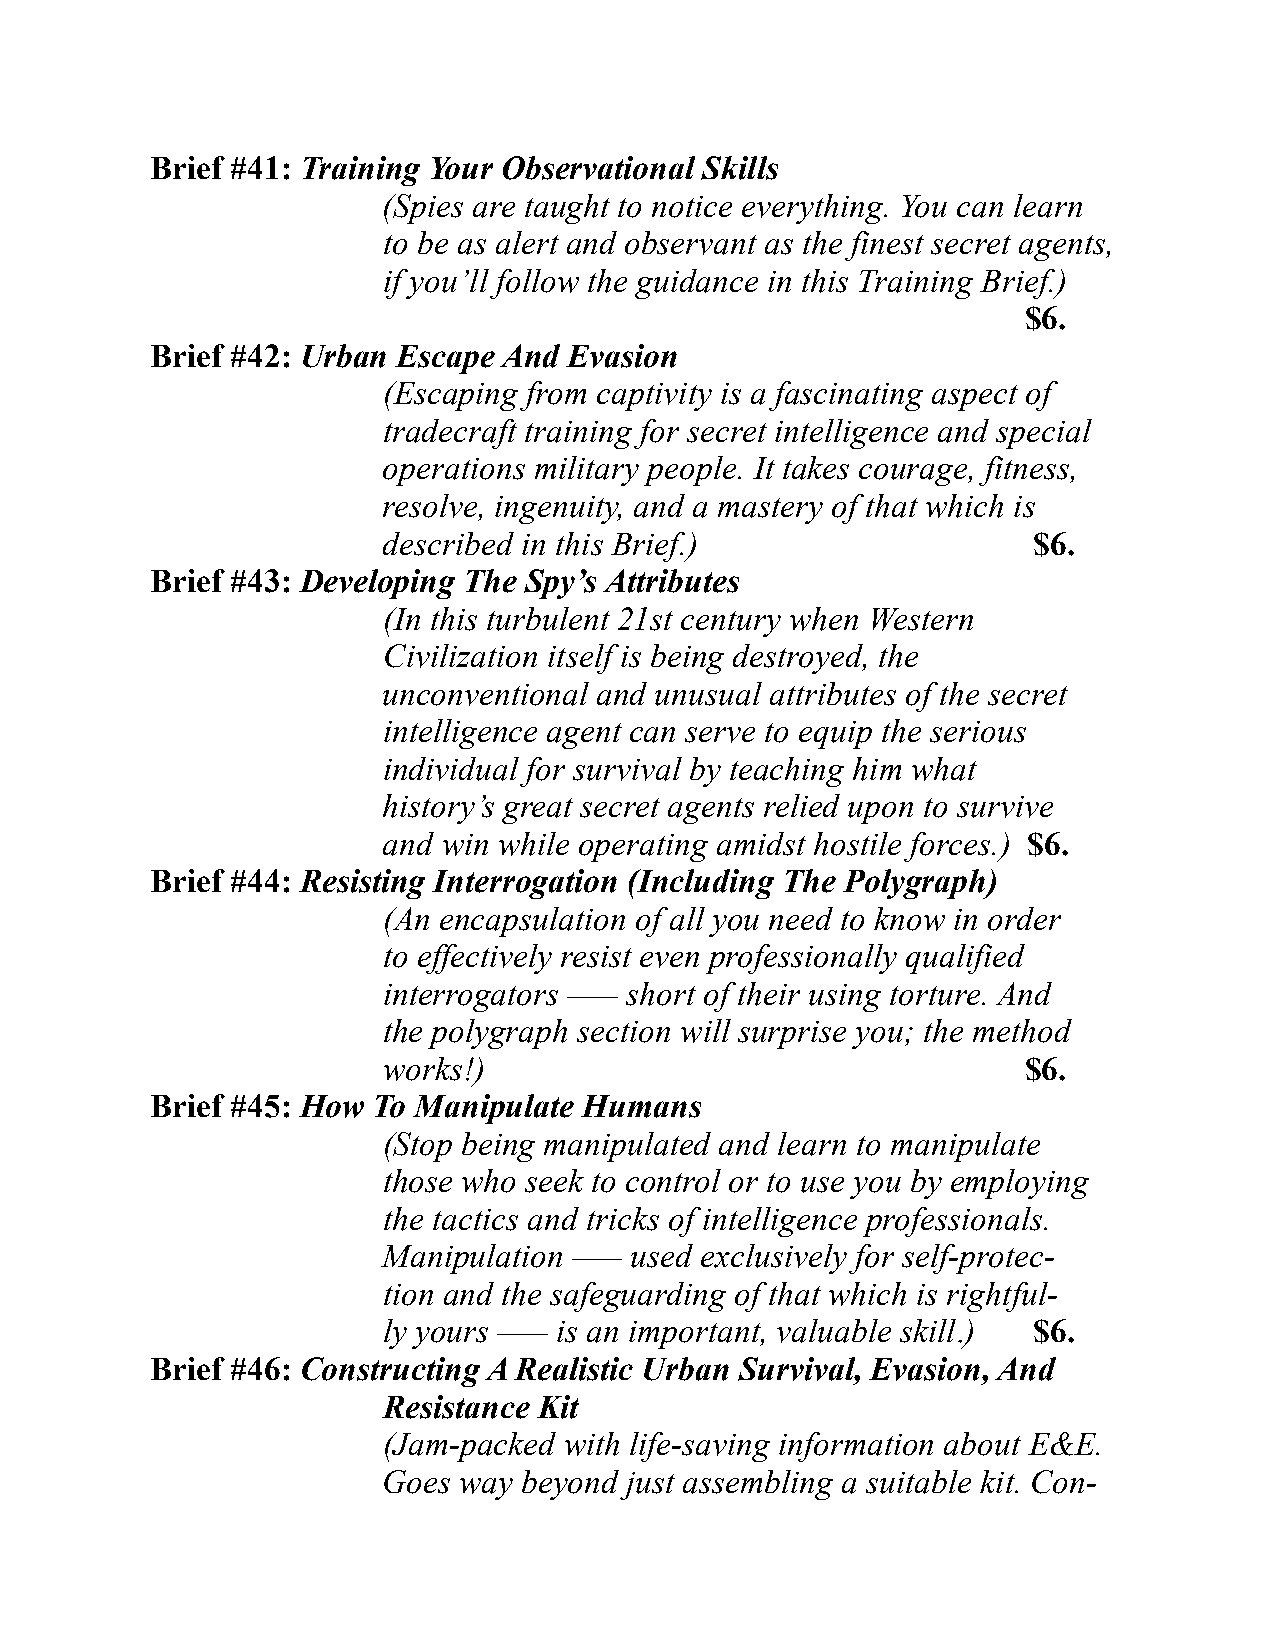
Brief #41: Training Your Observational Skills
 (Spies are taught to notice everything. You can learn
 to be as alert and observant as the finest secret agents,
 if you’ll follow the guidance in this Training Brief.)
 $6.
 Brief #42: Urban Escape And Evasion
 (Escaping from captivity is a fascinating aspect of
 tradecraft training for secret intelligence and special
 operations military people. It takes courage, fitness,
 resolve, ingenuity, and a mastery of that which is
 described in this Brief.)                  $6.
 Brief #43: Developing The Spy’s Attributes
 (In this turbulent 21st century when Western
 Civilization itself is being destroyed, the
 unconventional and unusual attributes of the secret
 intelligence agent can serve to equip the serious
 individual for survival by teaching him what
 history’s great secret agents relied upon to survive
 and win while operating amidst hostile forces.) $6.
 Brief #44: Resisting Interrogation (Including The Polygraph)
 (An encapsulation of all you need to know in order
 to effectively resist even professionally qualified
 interrogators ––– short of their using torture. And
 the polygraph section will surprise you; the method
 works!)                                    $6.
 Brief #45: How To Manipulate Humans
 (Stop being manipulated and learn to manipulate
 those who seek to control or to use you by employing
 the tactics and tricks of intelligence professionals.
 Manipulation ––– used exclusively for self-protec-
 tion and the safeguarding of that which is rightful-
 ly yours ––– is an important, valuable skill.) $6.
 Brief #46: Constructing A Realistic Urban Survival, Evasion, And
 Resistance Kit
 (Jam-packed with life-saving information about E&E.
 Goes way  beyond just assembling a suitable kit. Con-